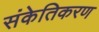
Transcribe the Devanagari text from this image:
संकेतिकरण